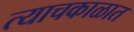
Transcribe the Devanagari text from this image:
त्याचकाळात